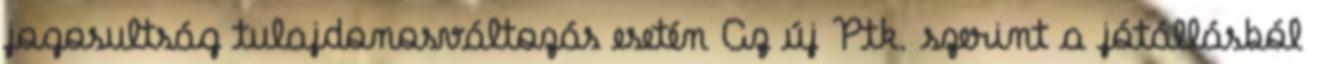
jogosultság tulajdonosváltozás esetén Az új Ptk. szerint a jótállásból